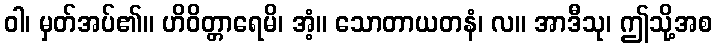
ဝါ၊ မှတ်အပ်၏။ ဟိဝိတ္တာရေမိ၊ အံ့။ သောတာယတနံ၊ လ။ အာဒီသု၊ ဤသို့အစ